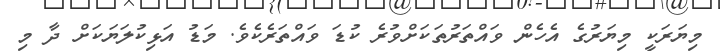
މިޔަރަކީ މިޔަރުގެ އެހެން ވައްތަރުތަކަށްވުރެ ކުޑަ ވައްތަރެކެވެ. މަޑު އަޅިކުލަޔަކަށް ދާ މި